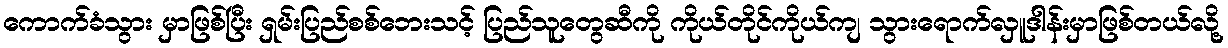
ကောက်ခံသွား မှာဖြစ်ပြီး ရှမ်းပြည်စစ်ဘေးသင့် ပြည်သူတွေဆီကို ကိုယ်တိုင်ကိုယ်ကျ သွားရောက်လှူဒါန်းမှာဖြစ်တယ်လို့